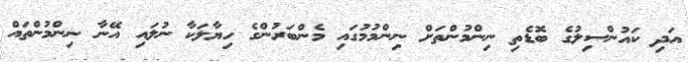
އަދި ކައުންސިލުގެ ބޮޑެތި ނިންމުންތަށް ނިންމުމުގައި މެންބަރުންގެ ހިޔާލަކާ ނުލައި އޭނާ ނިންމުންތައް